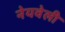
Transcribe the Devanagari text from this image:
नेयवेली